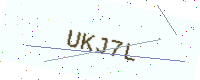
Text: UKJ7L